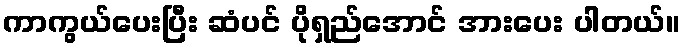
ကာကွယ်ပေးပြီး ဆံပင် ပိုရှည်အောင် အားပေး ပါတယ်။